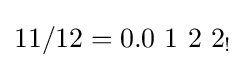
11/12=0.0\ 1\ 2\ 2_{!}